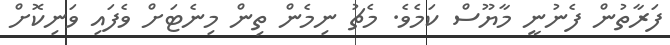
ފަރާތުން ފެނުނީ މާޔޫސް ކަމެވެ. މެޗު ނިމެން ތިން މިނެޓަށް ވެފައި ވަނިކޮށް